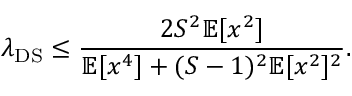
\lambda _ { \mathrm { D S } } \leq \frac { 2 S ^ { 2 } \mathbb { E } [ x ^ { 2 } ] } { \mathbb { E } [ x ^ { 4 } ] + ( S - 1 ) ^ { 2 } \mathbb { E } [ x ^ { 2 } ] ^ { 2 } } .